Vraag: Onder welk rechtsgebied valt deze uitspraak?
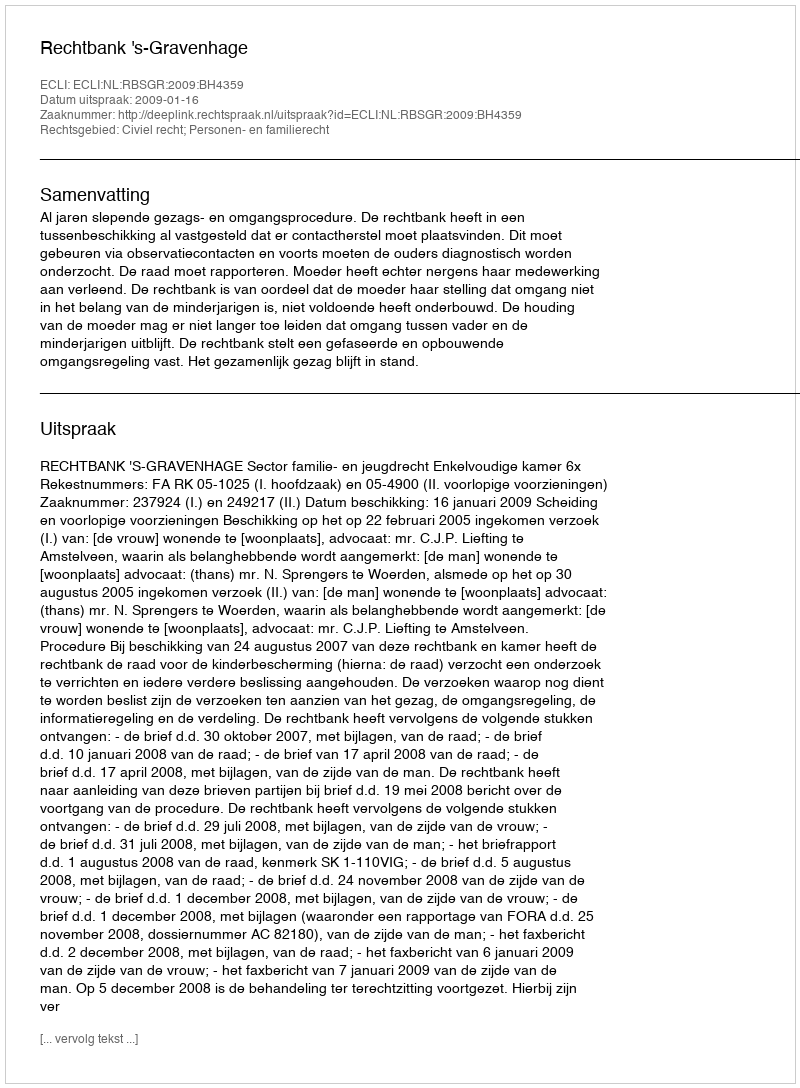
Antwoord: Civiel recht; Personen- en familierecht